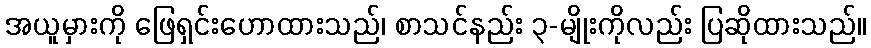
အယူမှားကို ဖြေရှင်းဟောထားသည်၊ စာသင်နည်း ၃-မျိုးကိုလည်း ပြဆိုထားသည်။